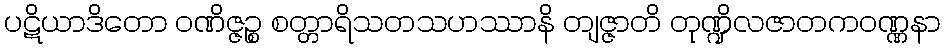
ပဋိယာဒိတော ဝဏိဇ္ဇဉ္စ စတ္တာရိသတသဟဿာနိ တျဇ္ဇာတိ တုဏ္ဍိလဇာတကဝဏ္ဏနာ